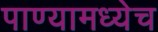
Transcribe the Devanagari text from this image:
पाण्यामध्येच